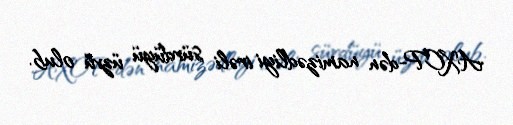
AXCP-dən namizədliyi irəli sürdüyü üzvü olub.